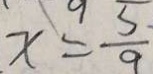
x = \frac { 5 } { 9 }